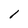
Character: l